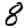
Digit: 8